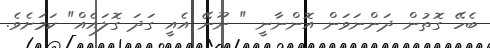
ބެހޭ ގޮތުން ދަންނަވަން އޮންނާނީ " ނޫނޭ އެއީީ ގަދަ ގޮލައެއް" ކަމަށެވެ.